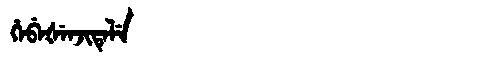
Manchu: ᡥᡝᠪᡝᡧᡝᠨᠵᡳᡨᡝᠯᡝ
Romanization: HEBEŠENJITELE